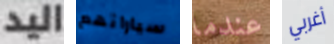
اليد سياراتهم عندما أغربي